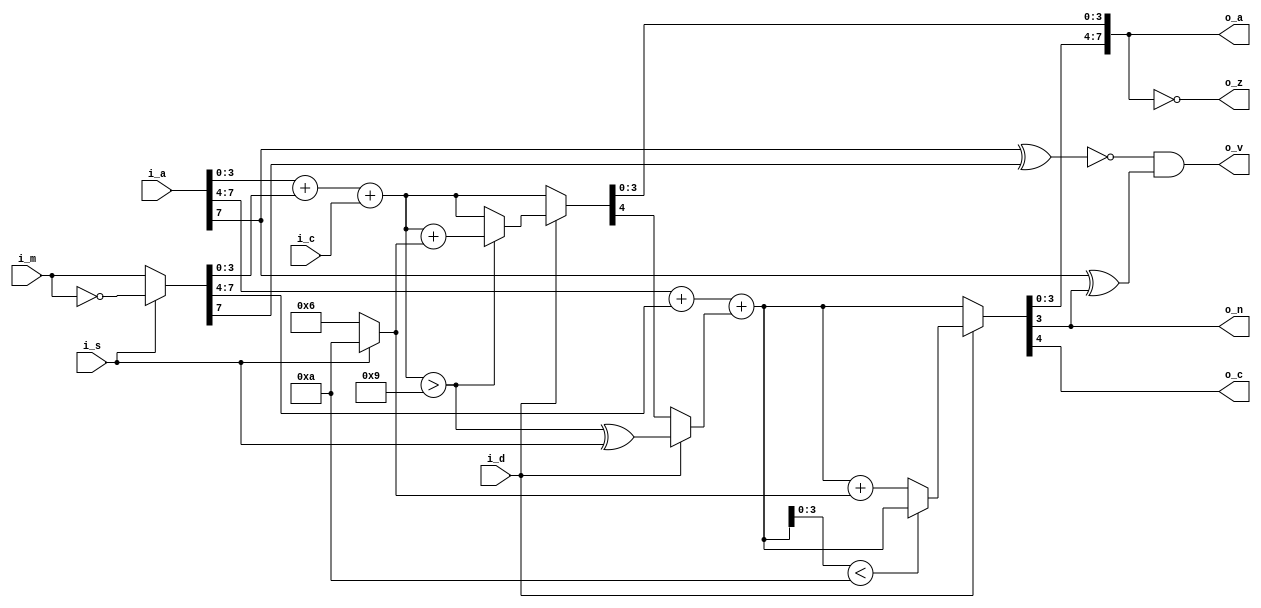
module MC6502Accumulator(
    i_a,
    i_m,
    i_c,
    i_d,
    i_s,
    o_a,
    o_n,
    o_z,
    o_c,
    o_v);
  input  [7:0] i_a;
  input  [7:0] i_m;
  input        i_c;
  input        i_d;
  input        i_s;
  output [7:0] o_a;
  output       o_n;
  output       o_z;
  output       o_c;
  output       o_v;

  wire   [7:0] w_m;
  wire   [4:0] w_bsum_lo;
  wire   [4:0] w_dsum_lo;
  wire   [4:0] w_bsum_hi;
  wire   [4:0] w_dsum_hi;
  wire   [4:0] w_sum_low;
  wire   [4:0] w_sum_high;
  wire         w_dover_lo;
  wire         w_carry;
  wire   [3:0] w_fix;

  assign w_m        = i_s ? ~i_m : i_m;
  assign w_fix      = i_s ? 4'ha : 4'h6;
  assign w_bsum_lo  = i_a[3:0] + w_m[3:0] + { 3'b000, i_c };
  assign w_dover_lo = w_bsum_lo > 5'h9;
  assign w_dsum_lo  = w_dover_lo ? (w_bsum_lo + w_fix) : w_bsum_lo;
  assign w_sum_low  = i_d ? w_dsum_lo : w_bsum_lo;
  assign w_carry    = i_d ? w_dover_lo ^ i_s : w_sum_low[4];
  assign w_bsum_hi  = i_a[7:4] + w_m[7:4] + { 3'b000, w_carry };
  assign w_dsum_hi  = (w_bsum_hi[3:0] < 4'ha) ? w_bsum_hi : (w_bsum_hi + w_fix);
  assign w_sum_high = i_d ? w_dsum_hi : w_bsum_hi;
  assign o_a        = { w_sum_high[3:0], w_sum_low[3:0] };
  assign o_n        = o_a[7];
  assign o_z        = o_a == 8'h00;
  assign o_c        = w_sum_high[4];
  assign o_v        = (!(i_a[7] ^ w_m[7]) & (i_a[7] ^ o_a[7]));
endmodule